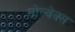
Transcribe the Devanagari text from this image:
सोल्वेक्स